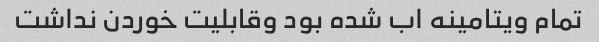
تمام ویتامینه اب شده بود وقابلیت خوردن نداشت